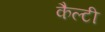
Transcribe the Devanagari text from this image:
कैल्टी